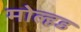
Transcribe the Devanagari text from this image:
मोल्हड